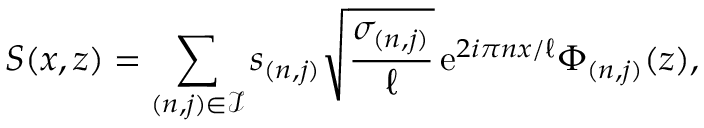
S ( x , z ) = \sum _ { ( n , j ) \in \mathcal { I } } s _ { ( n , j ) } \sqrt { \frac { \sigma _ { ( n , j ) } } { \ell } } \, \mathrm { e } ^ { 2 i \pi n x / \ell } \Phi _ { ( n , j ) } ( z ) ,